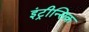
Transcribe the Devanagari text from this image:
इंट्रीन्सिक